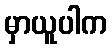
မှာယူပါက